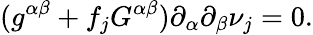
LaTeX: (g^{\alpha\beta}+f_{j}G^{\alpha\beta})\partial_{\alpha}\partial_{\beta}\nu_{j}=0.